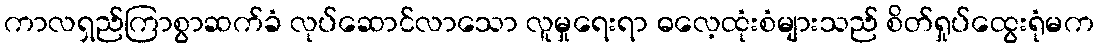
ကာလရှည်ကြာစွာဆက်ခံ လုပ်ဆောင်လာသော လူမှုရေးရာ ဓလေ့ထုံးစံများသည် စိတ်ရှုပ်ထွေးရုံမက